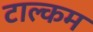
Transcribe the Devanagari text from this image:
टाल्कम